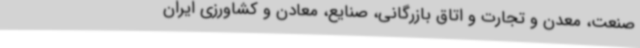
صنعت، معدن و تجارت و اتاق بازرگانی، صنایع، معادن و کشاورزی ایران